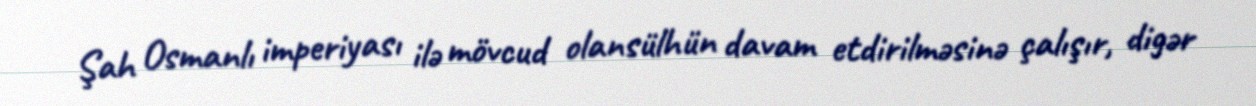
Şah Osmanlı imperiyası ilə mövcud olansülhün davam etdirilməsinə çalışır, digər